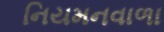
નિયમનવાળા